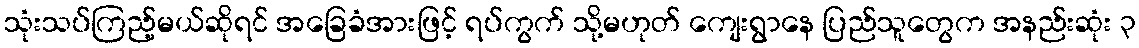
သုံးသပ်ကြည့်မယ်ဆိုရင် အခြေခံအားဖြင့် ရပ်ကွက် သို့မဟုတ် ကျေးရွာနေ ပြည်သူတွေက အနည်းဆုံး ၃